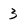
Character: 3